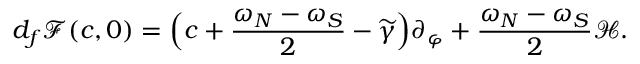
d _ { f } \mathscr { F } ( c , 0 ) = \Big ( c + \frac { \omega _ { N } - \omega _ { S } } { 2 } - \widetilde { \gamma } \Big ) \partial _ { \varphi } + \frac { \omega _ { N } - \omega _ { S } } { 2 } \mathcal { H } .